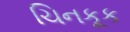
ચિનકૂક